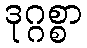
ဒုဂ္ဂစ္စာ